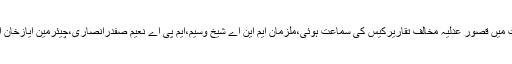
تفصیلات کے مطابق بدھ کو انسداد دہشتگردی عدالت میں قصور عدلیہ مخالف تقاریرکیس کی سماعت ہوئی،ملزمان ایم این اے شیخ وسیم،ایم پی اے نعیم صفدرانصاری،چیئرمین ایازخان اوروائس چیئرمین احمد لطیف عدالت میں پیش ہوئے۔